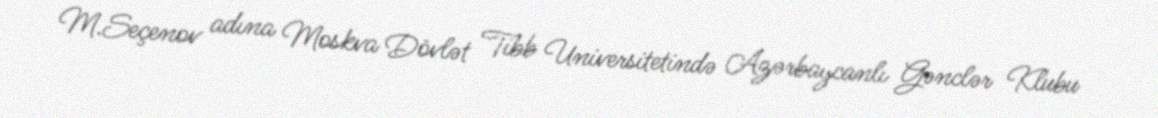
M.Seçenov adına Moskva Dövlət Tibb Universitetində Azərbaycanlı Gənclər Klubu